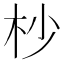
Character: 杪